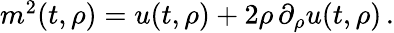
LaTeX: \begin{array}{r}{m^{2}(t,\rho)=u(t,\rho)+2\rho\, \partial_{\rho}u(t,\rho)\, .}\end{array}